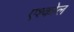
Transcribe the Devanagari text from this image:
एश्कोल